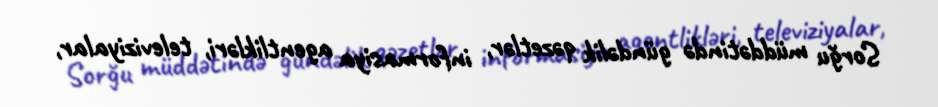
Sorğu müddətində gündəlik qəzetlər, informasiya agentlikləri, televiziyalar,